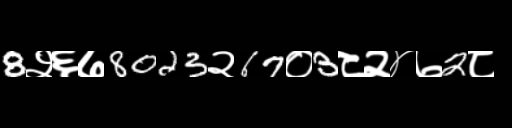
Text: 8२६७8023२67०3८२४७2८